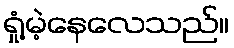
ရှုံ့မဲ့နေလေသည်။